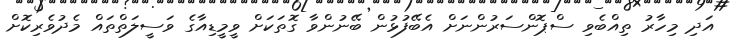
އަދި މިހާރު ތިއްބެވި ސްޕޮންސަރުންނަށް އެބޭފުޅުން ބޭނުންވާ ގޮތަކަށް ވީމީޑިއާގެ ވަސީލަތްތައް މެދުވެރިކޮށް